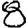
Digit: 8